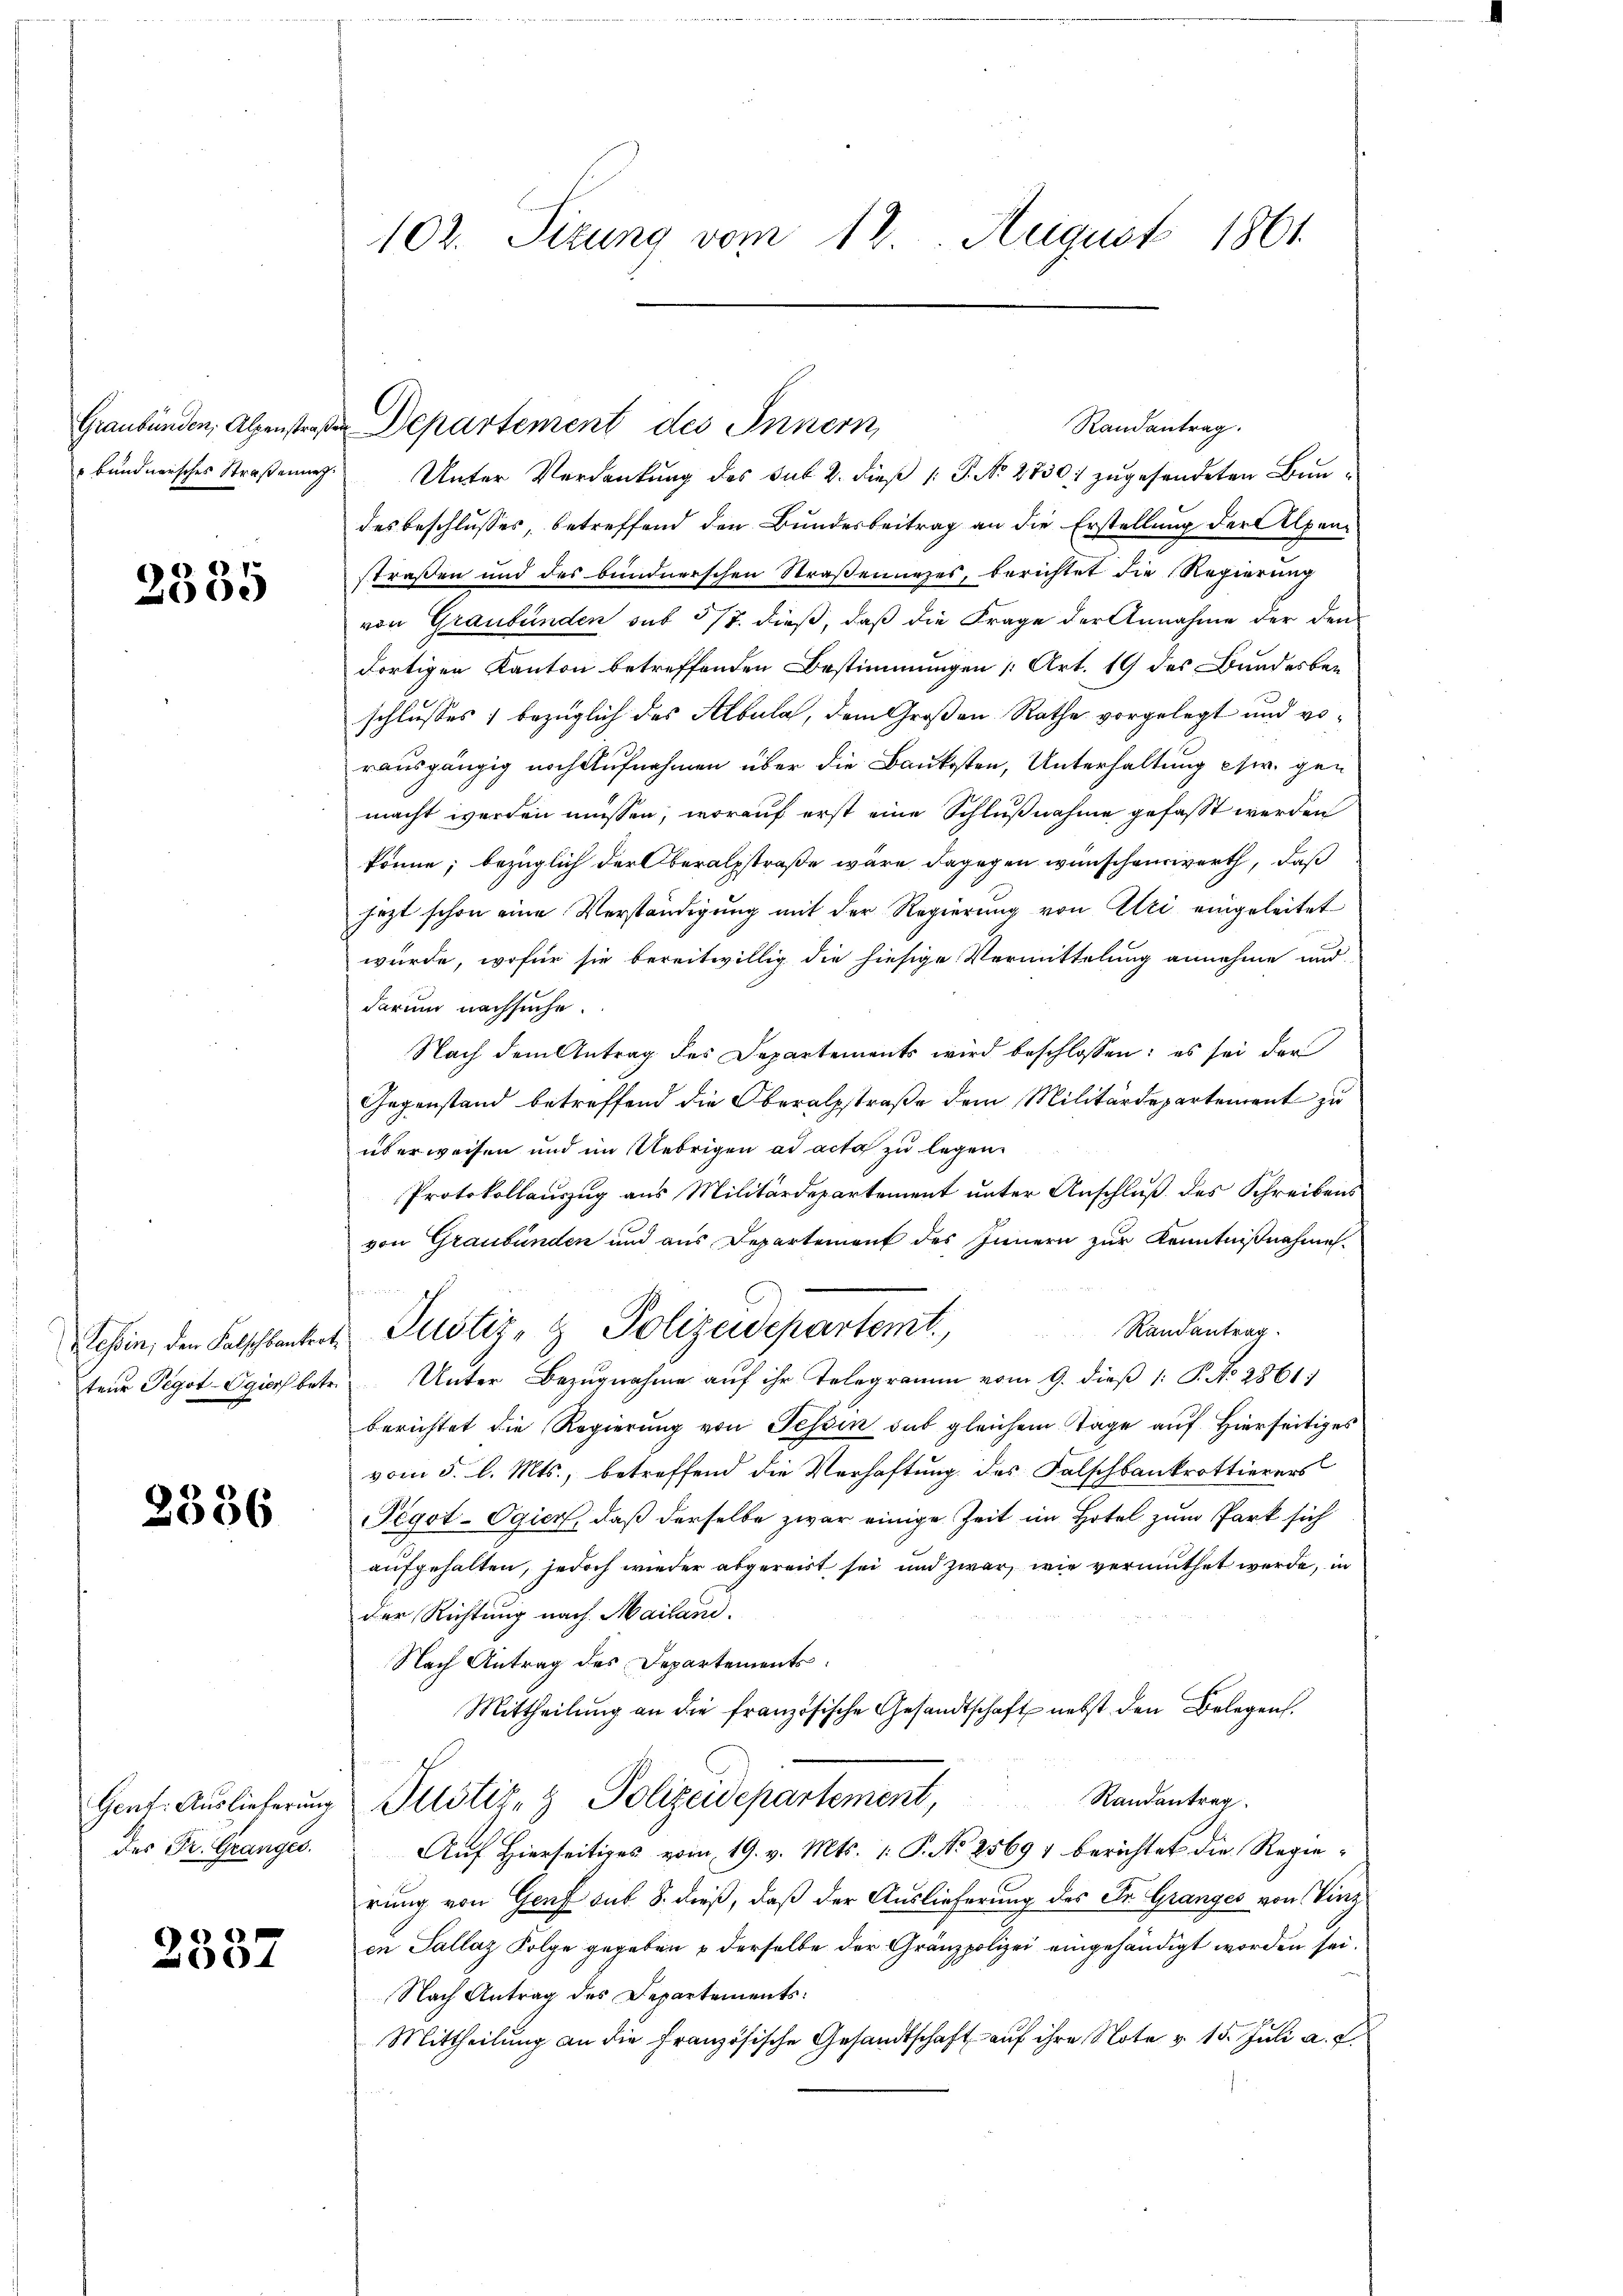
Graubünden, Alpenstraß
bundnerisches Straßenung.

2385

tenr Pegot-Ogisch betr.

2386

des Fr. Granges.

2337

Randantrag.
 Departement des Innern
Unter Verdankŭng des Sub 2. dieβ (: P. No 2730: zŭgesendeten Bundesbeschlusses betreffend den Bundesbeitrag an die Erstellung der Alpen
straßen und des bundnerschen Straßenunzes, berichtet die Regierung
von Graubünden sub 5/7. dieß, daß die Frage der Annahme der dem
dortigen Kanton betreffenden Bestimmungen [Art. 19 des Bundesbeschlusses) bezüglich des Albula, dem Großen Rathe vorgelegt und vorausgängig noch Aufnahmen über die Baukosten, Unterhaltung csw. gemacht werden müssen, worauf erst eine Schlußnahme gefasst werden
könne; bezüglich der Oberalstraße wäre dagegen wünschenswerth, daß
jezt schon eine Verständigung mit der Regierung von Uri eingeleitet
würde, wofür sie bereitwillig die hiesige Vermittelung annehme und
darum nachsuche.
Nach dem Antrag des Departements wird beschlossen: es sei der
Gegenstand betreffend die Oberalstraße dem Militärdepartement zu
überweisen und im Uebrigen ad acta zu legen.
Protokollauszug aus Militärdepartement unter Anschluß des Schreibens
von Graubünden und aus Departement des Innern zur Kenntnißnahmes¬

Randantrag.
Lehen, den Falschlantert Justiz- & Polizeidepartemt,
Unter Bezugnahme aŭf ihr Telegramm vom 9. dieβ (: P. No 2861)
berichtet die Regierung von Tessin sub gleichem Tage auf Hierseitiges
vom 5. l. Mts., betreffend die Verhaftung des Falschbankrottierers
Tegot-Ogier, daß derselbe zwar einige Zeit im Hotel zum Park sich
aufgehalten, jedoch wieder abgereist sei und zwar, wie vermuthet werde, in
der Richtung nach Mailand.
Nach Antrag des Departements
Mittheilŭng an die französische Gesandtschaft nebst den Belegen.
Randantrag
Gent. Auslieferung Pustiz- & Polizeidepartement,
Auf Hierseitiges vom 19. v. Mts. 1. P. No 25697 berichtet die Regierung von Genf sub. 8. dieß, daß der Auslieferung des Dr. Granges von Vinz
in Sallaz Folge gegeben & derselbe der Gränzpolizei eingehändigt worden sei.
Nach Antrag des Departements:
Mittheilŭng an die französische Gesandtschaft aŭf ihre Note v. 15. Jŭli a. g.

102. Sirung vom 12. August 1861.